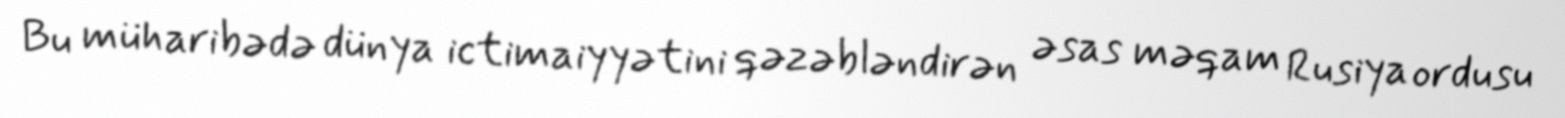
Bu müharibədə dünya ictimaiyyətini qəzəbləndirən əsas məqam Rusiya ordusu